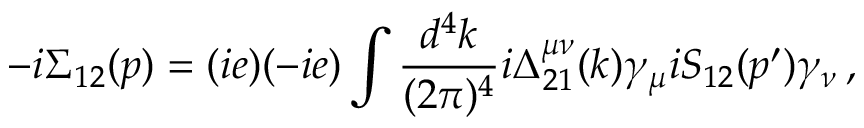
- i \Sigma _ { 1 2 } ( p ) = ( i e ) ( - i e ) \int { \frac { d ^ { 4 } k } { ( 2 \pi ) ^ { 4 } } i \Delta _ { 2 1 } ^ { \mu \nu } ( k ) \gamma _ { \mu } i S _ { 1 2 } ( p ^ { \prime } ) \gamma _ { \nu } \, , }